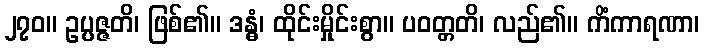
၂၇၀။ ဥပ္ပဇ္ဇတိ၊ ဖြစ်၏။ ဒန္ဓံ၊ ထိုင်းမှိုင်းစွာ။ ပဝတ္တတိ၊ လည်၏။ ကိံကာရဏာ၊